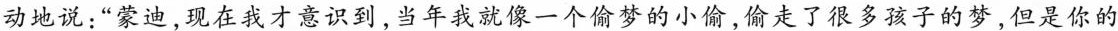
动地说：”蒙迪，现在我才意识到，当年我就像一个偷梦的小偷，偷走了很多孩子的梦，但是你的